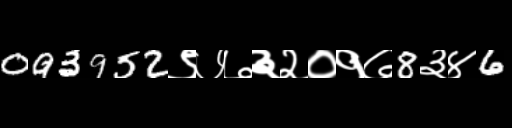
Text: 093952९७७३२०१७8३४6